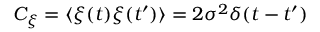
C _ { \xi } = \langle \xi ( t ) \xi ( t ^ { \prime } ) \rangle = 2 \sigma ^ { 2 } \delta ( t - t ^ { \prime } )